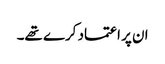
ان پر اعتماد کرے تھے۔